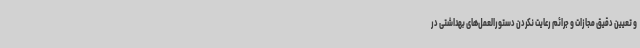
و تعیین دقیق مجازات و جرائم رعایت نکردن دستورالعمل‌های بهداشتی در